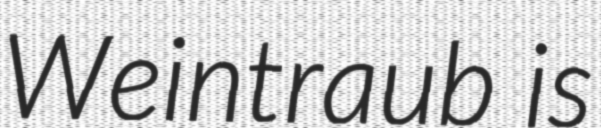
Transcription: Weintraub is